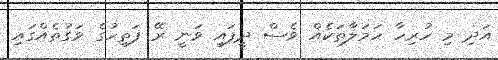
އަދި މި ހުރިހާ ހަމަލާތަކެއް ވެސް ދީފައި ވަނީ ރޭ ފަތިހުގެ ވަގުތެއްގައި